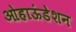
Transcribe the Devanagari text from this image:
ओहाऊंडेशन